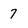
Character: 7